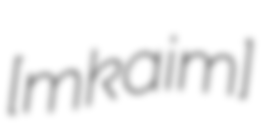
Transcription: [mɔˈkai̯mɨ]